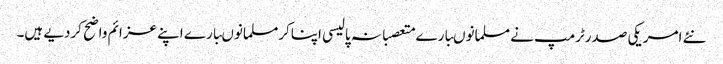
نئے امریکی صدرٹرمپ نے مسلمانوںبارے متعصبانہ پالیسی اپناکرمسلمانوںبارے اپنے عزائم واضح کردیے ہیں۔